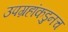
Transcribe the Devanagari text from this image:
उपग्रहांकडुनच